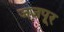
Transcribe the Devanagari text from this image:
जजपूर